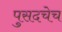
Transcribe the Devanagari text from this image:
पुसदचेच